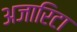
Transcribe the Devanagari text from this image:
अजारिटा